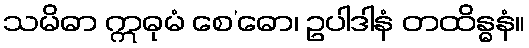
သမိဓာ ဣဓုမံ စေ’ဓော၊ ဥပါဒါနံ တထိန္ဓနံ။